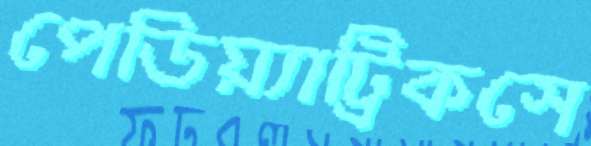
পেডিয়্যাট্রিকসে